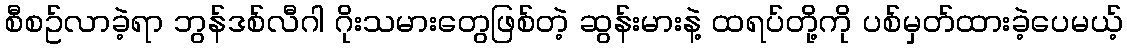
စီစဥ်လာခဲ့ရာ ဘွန်ဒစ်လီဂါ ဂိုးသမားတွေဖြစ်တဲ့ ဆွန်းမားနဲ့ ထရပ်တို့ကို ပစ်မှတ်ထားခဲ့ပေမယ့်